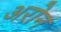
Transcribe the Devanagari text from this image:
अरोन